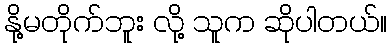
နို့မတိုက်ဘူး လို့ သူက ဆိုပါတယ်။